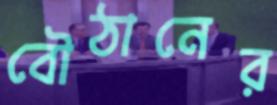
বৌঠানের